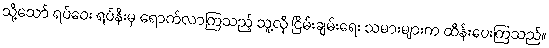
သို့သော် ရပ်ဝေး ရပ်နီးမှ ရောက်လာကြသည့် သူ့လို ငြိမ်းချမ်းရေး သမားများက ထိန်းပေးကြသည်။